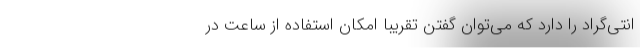
انتی‌گراد را دارد که می‌توان گفتن تقریبا امکان استفاده از ساعت در